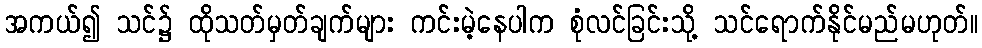
အကယ်၍ သင်၌ ထိုသတ်မှတ်ချက်များ ကင်းမဲ့နေပါက စုံလင်ခြင်းသို့ သင်ရောက်နိုင်မည်မဟုတ်။